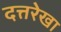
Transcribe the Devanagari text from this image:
दत्तरेखा